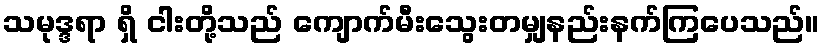
သမုဒ္ဒရာ ရှိ ငါးတို့သည် ကျောက်မီးသွေးတမျှနည်းနက်ကြပေသည်။